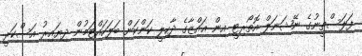
ފަލަސްތީނުގެ ނޭޝަނަލް އޮތޯރިޓީ އިން ޣައްޒާގެ ދާހިލީ ކަންކަން ބަލަހައްޓަމުން ދިޔައިރު އަސްކަރީ